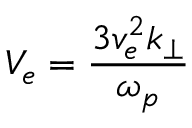
V _ { e } = \frac { 3 v _ { e } ^ { 2 } k _ { \perp } } { \omega _ { p } }